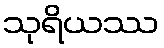
သုရိယဿ